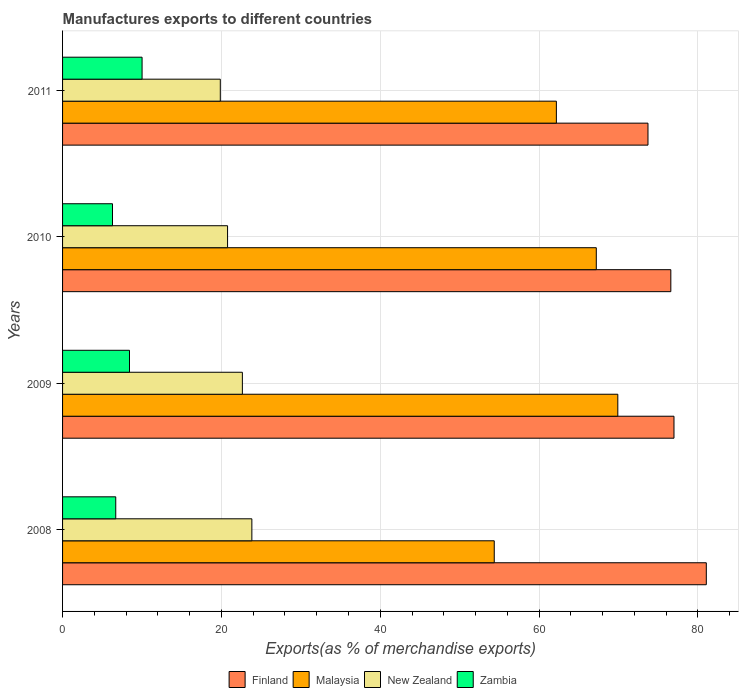
| Years | Finland | Malaysia | New Zealand | Zambia |
 | --- | --- | --- | --- | --- |
 | 2008 | 81.1 | 54.4 | 23.8 | 6.7 |
 | 2009 | 77 | 69.9 | 22.6 | 8.43 |
 | 2010 | 76.6 | 67.2 | 20.8 | 6.29 |
 | 2011 | 73.7 | 62.2 | 19.9 | 10 |